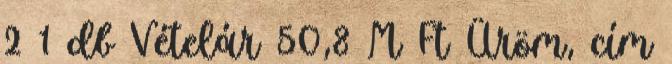
2 1 db Vételár 50,8 M Ft Üröm, cím